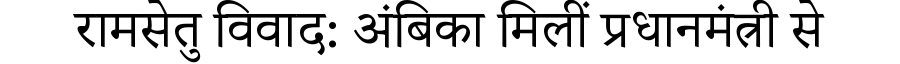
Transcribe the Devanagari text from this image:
रामसेतु विवाद: अंबिका मिलीं प्रधानमंत्री से